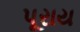
પૂરાય